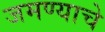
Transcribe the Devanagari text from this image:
जमण्याचे